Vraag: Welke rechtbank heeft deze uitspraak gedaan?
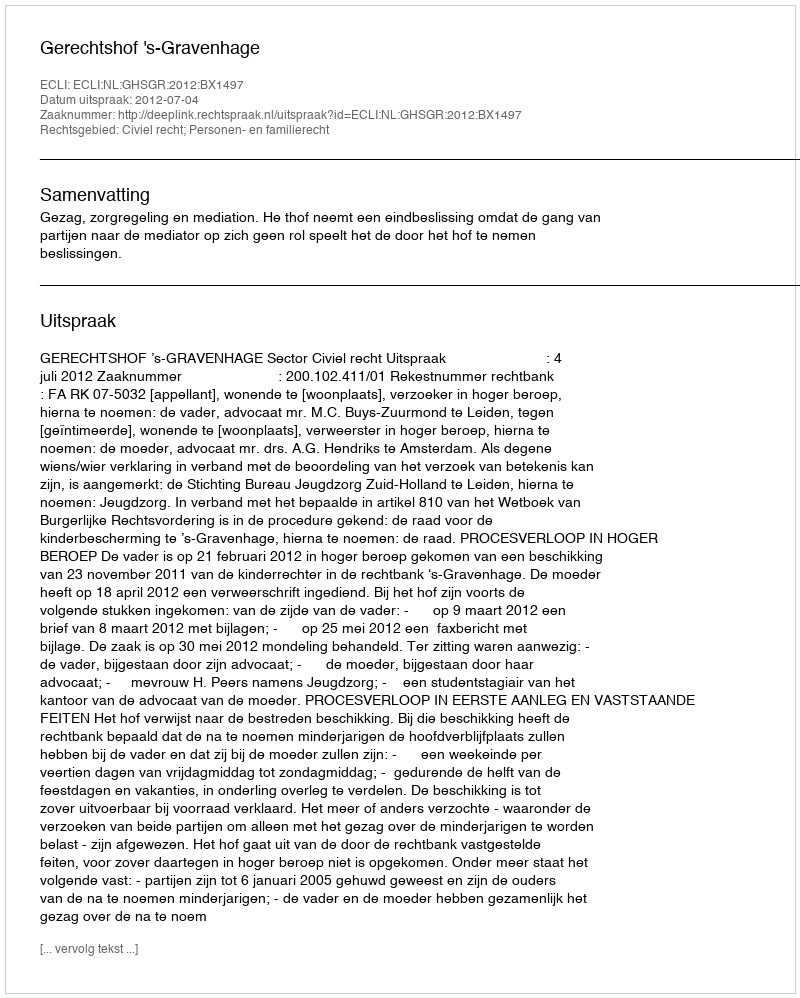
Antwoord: Gerechtshof 's-Gravenhage